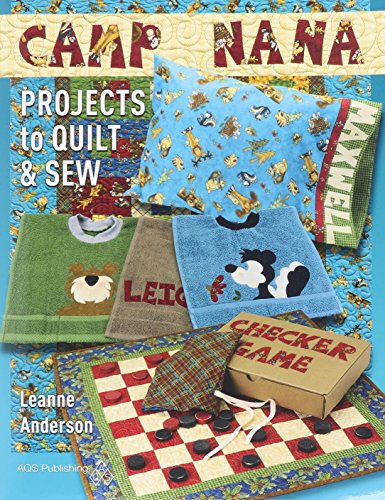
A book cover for Camp Nana: Projects to Quilt and Sew; Anderson; Crafts, Hobbies & Home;